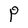
Character: P